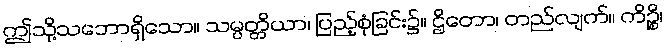
ဤသို့သဘောရှိသော။ သမ္ပတ္တိယာ၊ ပြည့်စုံခြင်း၌။ ဌိတော၊ တည်လျက်။ ကိဉ္စိ၊